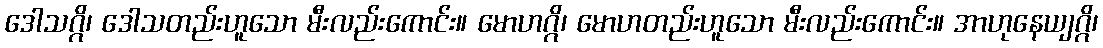
ဒေါသဂ္ဂိ၊ ဒေါသတည်းဟူသော မီးလည်းကောင်း။ မောဟဂ္ဂိ၊ မောဟတည်းဟူသော မီးလည်းကောင်း။ အာဟုနေယျဂ္ဂိ၊